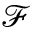
\mathcal { F }